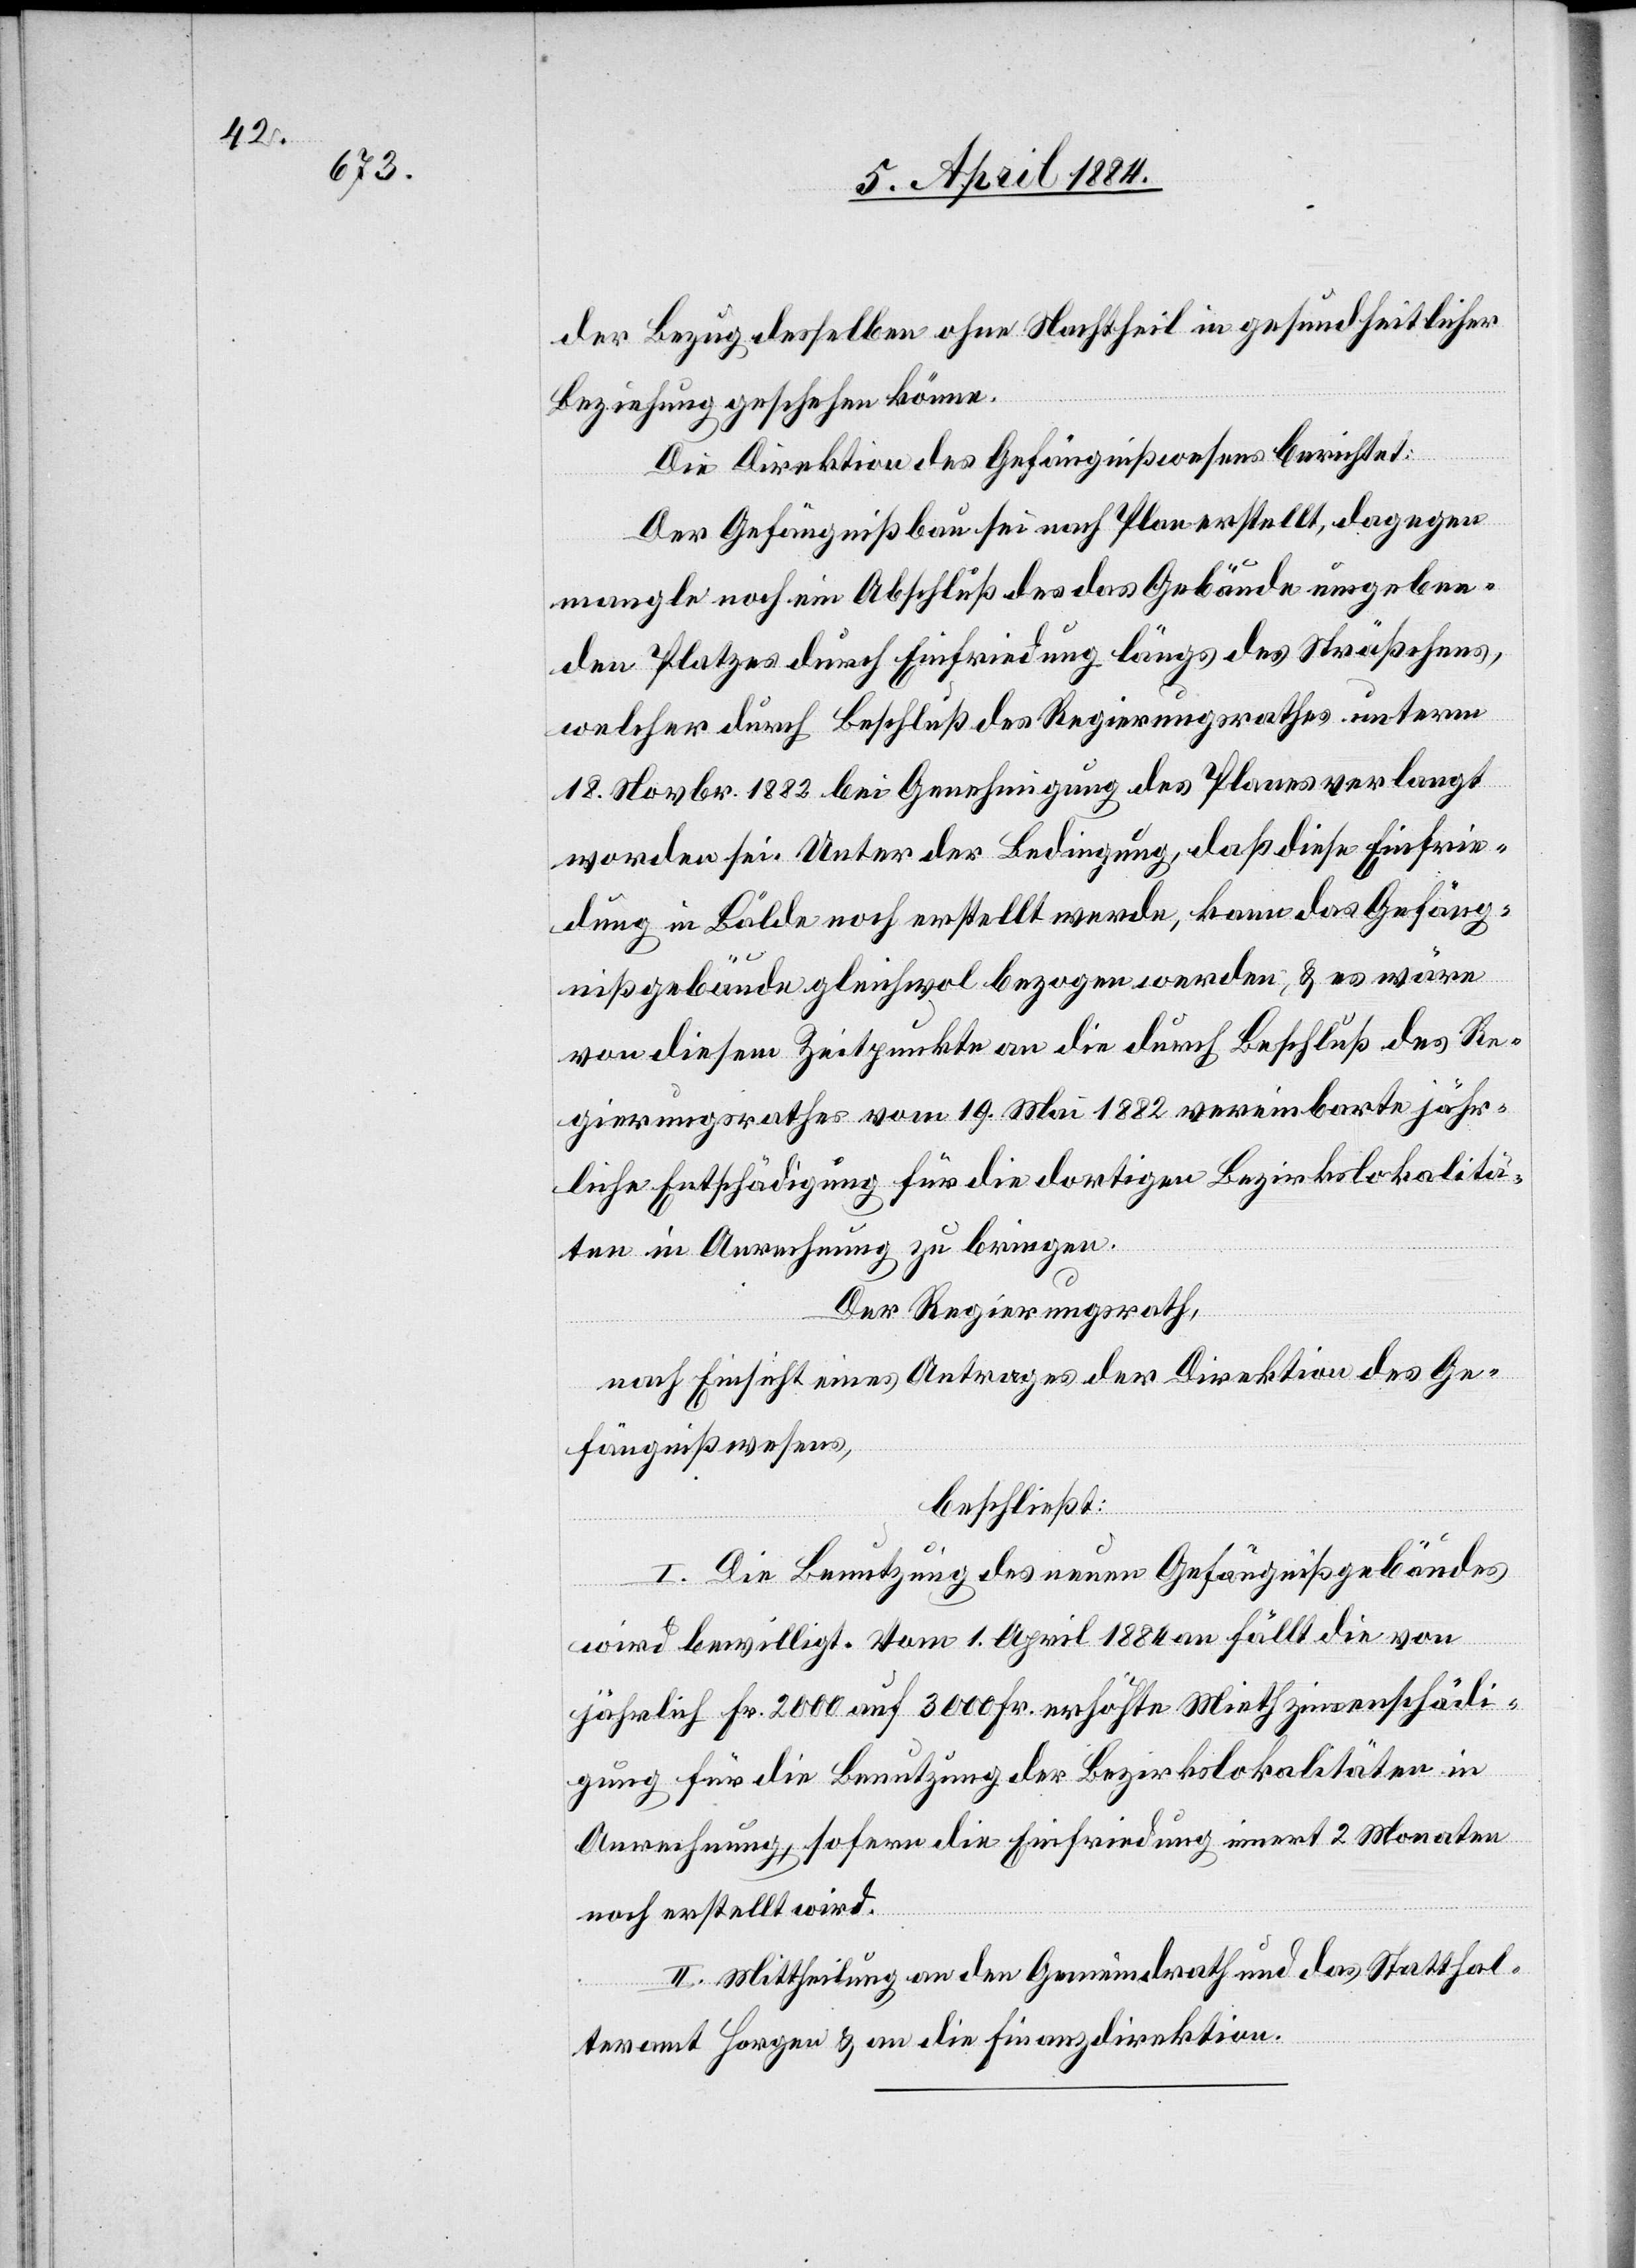
der Bezug desselben ohne Nachtheil in gesundheitlicher
Beziehung geschehen könne.
Die Direktion des Gefängnißwesens berichtet:
Der Gefängnißbau sei nach Plan erstellt, dagegen
mangle noch ein Abschluß des das Gebäude umgeben¬
den Platzes durch Einfriedung längs des Sträßchens,
welcher durch Beschluß des Regierungsrathes unterm
18. Novbr. 1882 bei Genehmigung des Planes verlangt
worden sei. Unter der Bedingung, daß diese Einfrie¬
dung in Bälde noch erstellt werde, kann das Gefäng¬
nißgebäude gleichwol bezogen werden, & es wäre
von diesem Zeitpunkte an die durch Beschluß des Re¬
gierungsrathes vom 19. Mai 1882 vereinbarte jähr¬
liche Entschädigung für die dortigen Bezirkslokalitä¬
ten in Anrechnung zu bringen.
Der Regierungsrath,
nach Einsicht eines Antrages der Direktion des Ge¬
fängnißwesens,
beschließt:
I. Die Benutzung des neuen Gefängnißgebäudes
wird bewilligt. Vom 1. April 1884 an fällt die von
jährlich Fr. 2000 auf 3000 Fr. erhöhte Miethzinsentschädi¬
gung für die Benutzung der Bezirkslokalitäten in
Anrechnung, sofern die Einfriedung innert 2 Monaten
noch erstellt wird.
II. Mittheilung an den Gemeindrath und das Statthal¬
teramt Horgen & an die Finanzdirektion.